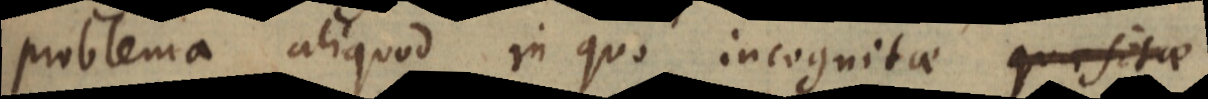
problema aliquod in quo incognitae quaesitae